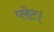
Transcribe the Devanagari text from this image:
प्लेट।